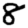
Digit: 8